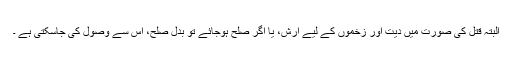
البتہ قتل کی صورت میں دیت اور زخموں کے لیے ارش، یا اگر صلح ہوجائے تو بدلِ صلح، اس سے وصول کی جاسکتی ہے ۔